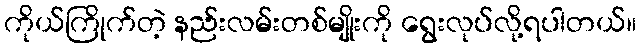
ကိုယ်ကြိုက်တဲ့ နည်းလမ်းတစ်မျိုးကို ရွေးလုပ်လို့ရပါတယ်။